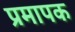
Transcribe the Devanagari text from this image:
प्रमापक